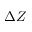
\Delta Z